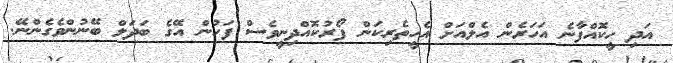
އަދި ހީކޮއްފާނެ އަހަރެން އެލްއަށް އެހީތެރިކަން ފޯރުކޮއްދިނީވެސް ފަހުން އޭގެ ބަދަލް ބޭނުންވެގެންނޭ.